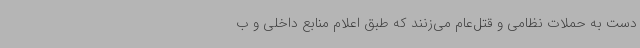
دست به حملات نظامی و قتل‌عام می‌زنند که طبق اعلام منابع داخلی و ب